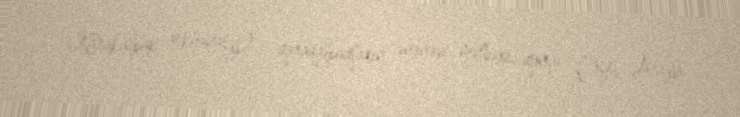
Karakalpak askhanasy) - qaraqalpaqların ənənəvi mətbəxi, qonşu Orta Asiya